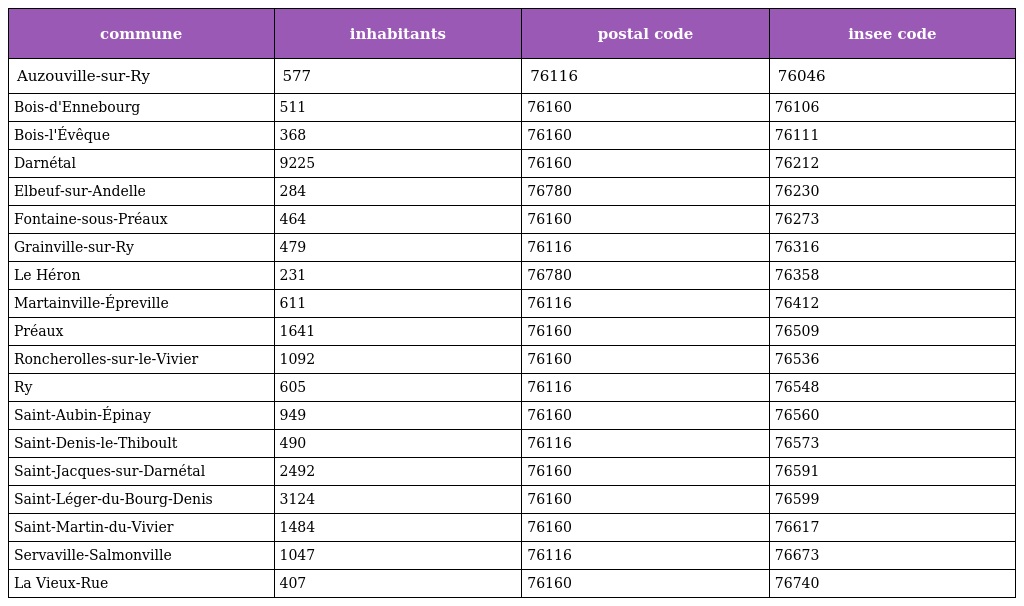
| commune | inhabitants | postal code | insee code |
 | --- | --- | --- | --- |
 | Auzouville-sur-Ry | 577 | 76116 | 76046 |
 | Bois-d'Ennebourg | 511 | 76160 | 76106 |
 | Bois-l'Évêque | 368 | 76160 | 76111 |
 | Darnétal | 9225 | 76160 | 76212 |
 | Elbeuf-sur-Andelle | 284 | 76780 | 76230 |
 | Fontaine-sous-Préaux | 464 | 76160 | 76273 |
 | Grainville-sur-Ry | 479 | 76116 | 76316 |
 | Le Héron | 231 | 76780 | 76358 |
 | Martainville-Épreville | 611 | 76116 | 76412 |
 | Préaux | 1641 | 76160 | 76509 |
 | Roncherolles-sur-le-Vivier | 1092 | 76160 | 76536 |
 | Ry | 605 | 76116 | 76548 |
 | Saint-Aubin-Épinay | 949 | 76160 | 76560 |
 | Saint-Denis-le-Thiboult | 490 | 76116 | 76573 |
 | Saint-Jacques-sur-Darnétal | 2492 | 76160 | 76591 |
 | Saint-Léger-du-Bourg-Denis | 3124 | 76160 | 76599 |
 | Saint-Martin-du-Vivier | 1484 | 76160 | 76617 |
 | Servaville-Salmonville | 1047 | 76116 | 76673 |
 | La Vieux-Rue | 407 | 76160 | 76740 |